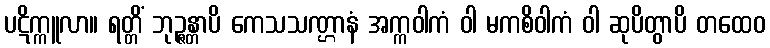
ပဋိက္ကူလာ။ ရတ္တိံ ဘုဉ္ဇန္တာပိ ကေသသဏ္ဌာနံ အက္ကဝါကံ ဝါ မကစိဝါကံ ဝါ ဆုပိတွာပိ တထေဝ